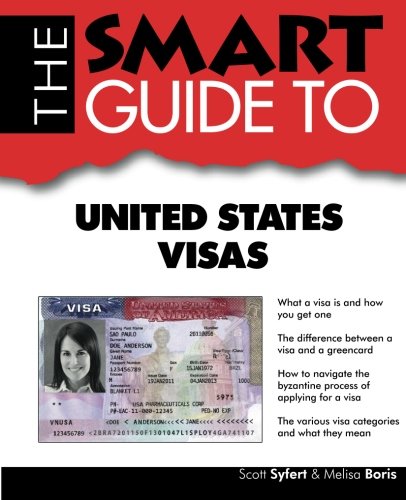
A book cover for The Smart Guide to United States Visas (Smart Guides); Scott Syfert; Test Preparation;